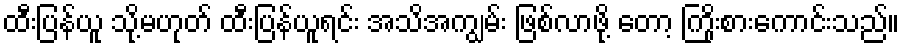
ထီးပြန်ယူ သို့မဟုတ် ထီးပြန်ယူရင်း အသိအကျွမ်း ဖြစ်လာဖို့ တော့ ကြိုးစားကောင်းသည်။